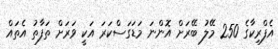
އެފްރިކާގެ 250 މޭލު ބޭރަށް އޮންނަ މަޑަގަސްކަރަ އަކީ ވަރަށް ތަފާތު އެތައް